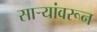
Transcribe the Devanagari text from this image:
साऱ्यांवरून